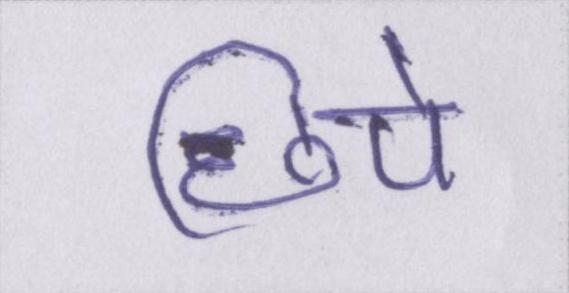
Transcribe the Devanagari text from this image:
छिपे